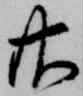
廿